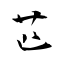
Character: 苉